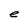
Character: e